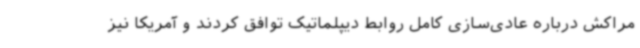
مراکش درباره عادی‌سازی کامل روابط دیپلماتیک توافق کردند و آمریکا نیز